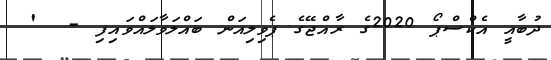
ދުބާއީ އެކްސްޕޯ 2020ގެ ރާއްޖޭގެ ޕެވިލިއަން ބައްލަވާލައްވައިފި -  '